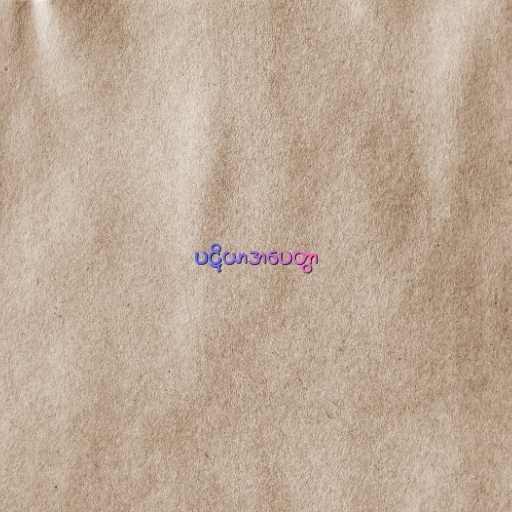
ပဋိယာဒာပေတွာ